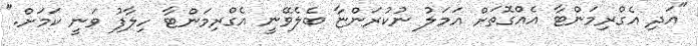
"އަދި އެގްރިމަންޓާ އެއްްގޮތަށް އަމަލު ނުކުރަންޏާ ބެލެވޭނީ އެގްރިމަންޓާ ހިލާފު ވަނީ ކަމަށް."